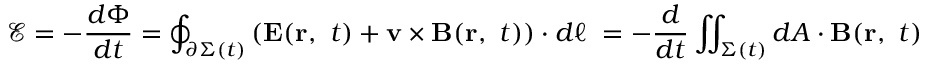
{ \mathcal { E } } = - { \frac { d \Phi } { d t } } = \oint _ { \partial \Sigma ( t ) } \left( \mathbf { E } ( \mathbf { r } , \ t ) + \mathbf { v } \times \mathbf { B } ( \mathbf { r } , \ t ) \right) \cdot d { \boldsymbol { \ell } } \ = - { \frac { d } { d t } } \iint _ { \Sigma ( t ) } d { \boldsymbol { A } } \cdot \mathbf { B } ( \mathbf { r } , \ t )